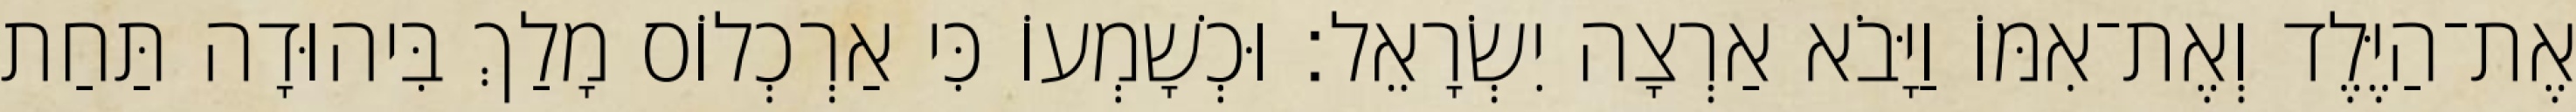
אֶת־הַיֶּלֶד וְאֶת־אִמּוֹ וַיָּבֹא אַרְצָה יִשְׂרָאֵל׃ וּכְשָׁמְעוֹ כִּי אַרְכְלוֹס מָלַךְ בִּיהוּדָה תַּחַת